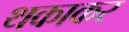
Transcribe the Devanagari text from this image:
थकाकर